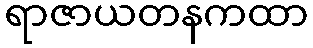
ရာဇာယတနကထာ